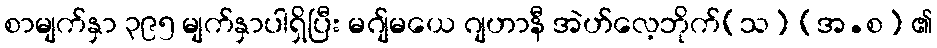
စာမျက်နှာ ၃၉၅ မျက်နှာပါရှိပြီး မဂျ်မယေ ဂျဟာနီ အဲဟ်လေ့ဘိုက်(သ) (အ.စ) ၏